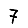
Digit: 7